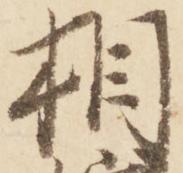
相